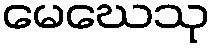
မေဃေသု